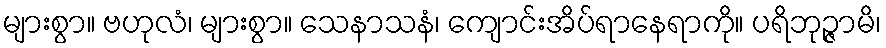
များစွာ။ ဗဟုလံ၊ များစွာ။ သေနာသနံ၊ ကျောင်းအိပ်ရာနေရာကို။ ပရိဘုဉ္ဇာမိ၊